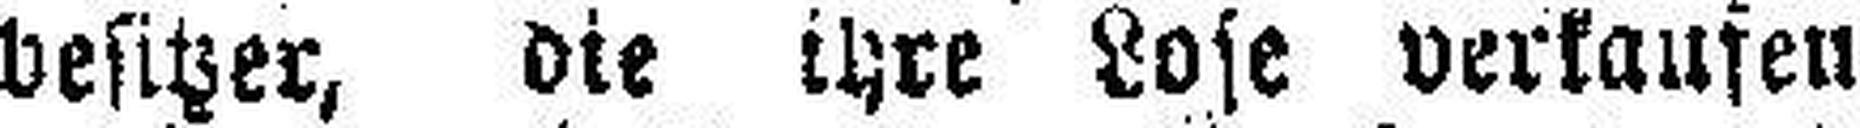
besitzer, die ihre Lose verkaufen